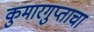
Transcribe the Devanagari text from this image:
कुमारगुप्ताचा